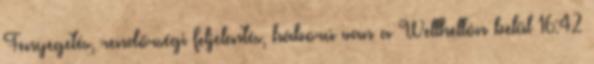
Fenyegetés, rendőrségi feljelentés, háború van a Wellhellón belül 16:42